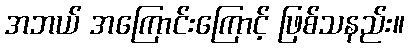
အဘယ် အကြောင်းကြောင့် ဖြစ်သနည်း။